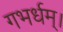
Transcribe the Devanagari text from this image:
गभर्धम्।